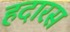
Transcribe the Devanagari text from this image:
हदारस